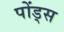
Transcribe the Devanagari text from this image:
पोंड्स